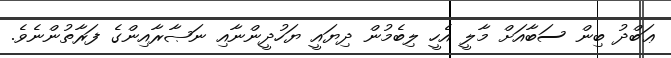
ޢަބްދު ބިން ސަބާއަށް މާލީ އެހީ ލިބެމުން ދިޔައީ ޔަހުދީންނާއި ނަޞާރާއިންގެ ފަރާތުންނެވެ.